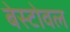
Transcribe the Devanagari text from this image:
बेस्टोवल